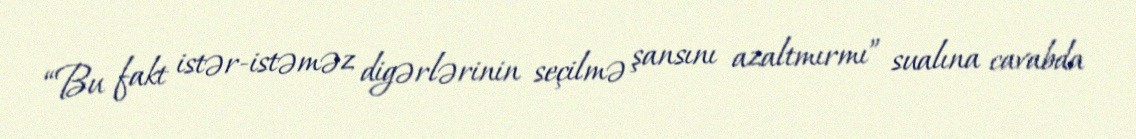
“Bu fakt istər-istəməz digərlərinin seçilmə şansını azaltmırmı” sualına cavabda